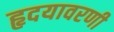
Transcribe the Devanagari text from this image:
हृदयावरणी